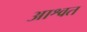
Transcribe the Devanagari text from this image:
आश्वत